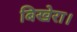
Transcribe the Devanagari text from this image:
बिखेरा।